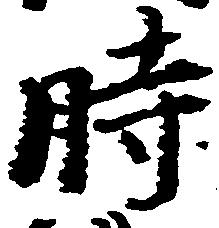
時